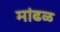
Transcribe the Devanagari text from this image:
मांढळ